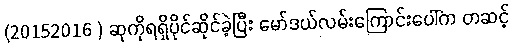
(20152016 ) ဆုကိုရရှိပိုင်ဆိုင်ခဲ့ပြီး မော်ဒယ်လမ်းကြောင်းပေါ်က တဆင့်